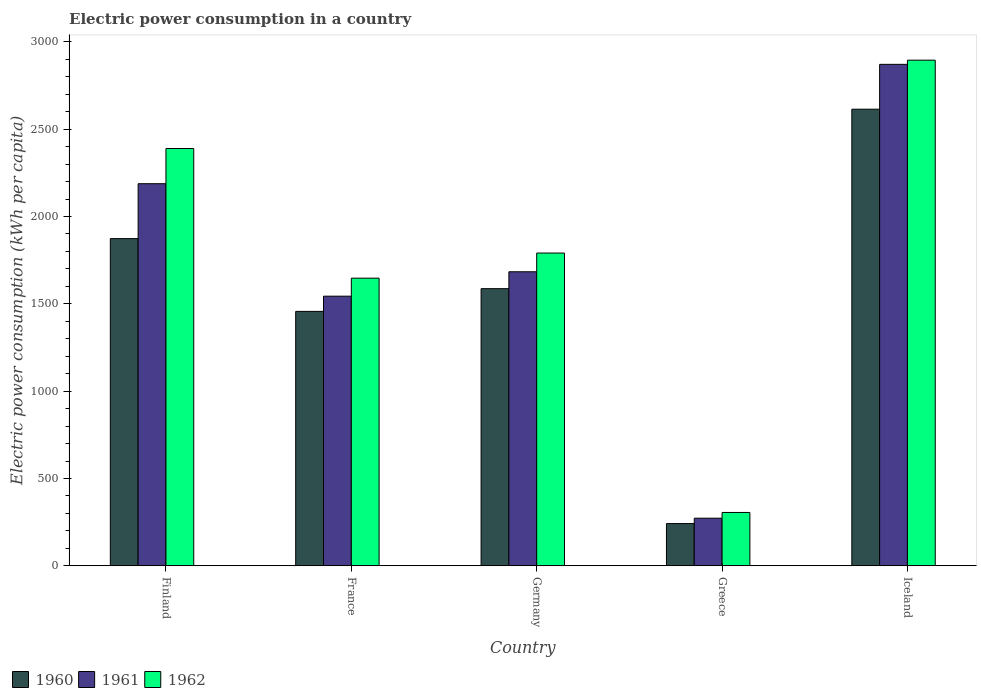
| Country | 1960 | 1961 | 1962 |
 | --- | --- | --- | --- |
 | Finland | 1.87e+03 | 2.19e+03 | 2.39e+03 |
 | France | 1.46e+03 | 1.54e+03 | 1.65e+03 |
 | Germany | 1.59e+03 | 1.68e+03 | 1.79e+03 |
 | Greece | 242 | 273 | 305 |
 | Iceland | 2.61e+03 | 2.87e+03 | 2.9e+03 |